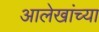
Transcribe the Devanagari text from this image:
आलेखांच्या